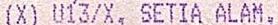
(X) U13/X, SETIA ALAM,